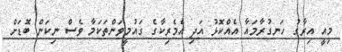
މިއީ އިރާގު ހަނގުރާމައާ އެއްކޮޅު އަދި އެމެރިކާގެ ގައުމީވަންތަކަމާ ވެސް ނިކަން ބޮޑަށް